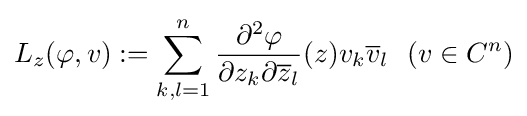
L_{z}(\varphi ,v):=\sum _{k,l=1}^{n}{\frac {\partial ^{2}\varphi }{\partial z_{k}\partial {\overline {z}}_{l}}}(z)v_{k}{\overline {v}}_{l}\ \ (v\in C^{n})